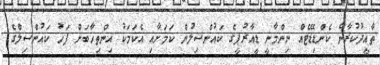
ތާއީދުކުރާނެ ކެންޑިޑޭޓެއް ނިންމާނީ ޑީއާރުޕީގެ ކައުންސިލުން ކަމަށާއި އެކަމަކު އިންތިހާބަށް ފަހު ކައުންސިލްގެ